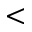
<